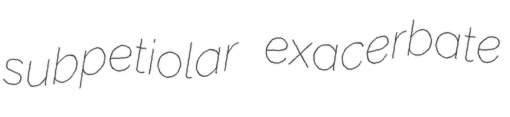
subpetiolar exacerbate